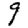
Digit: 9